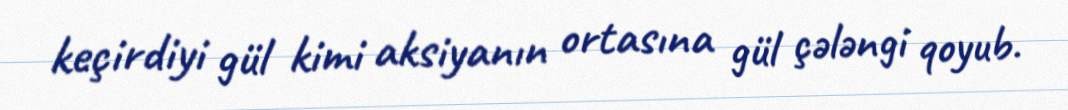
keçirdiyi gül kimi aksiyanın ortasına gül çələngi qoyub.